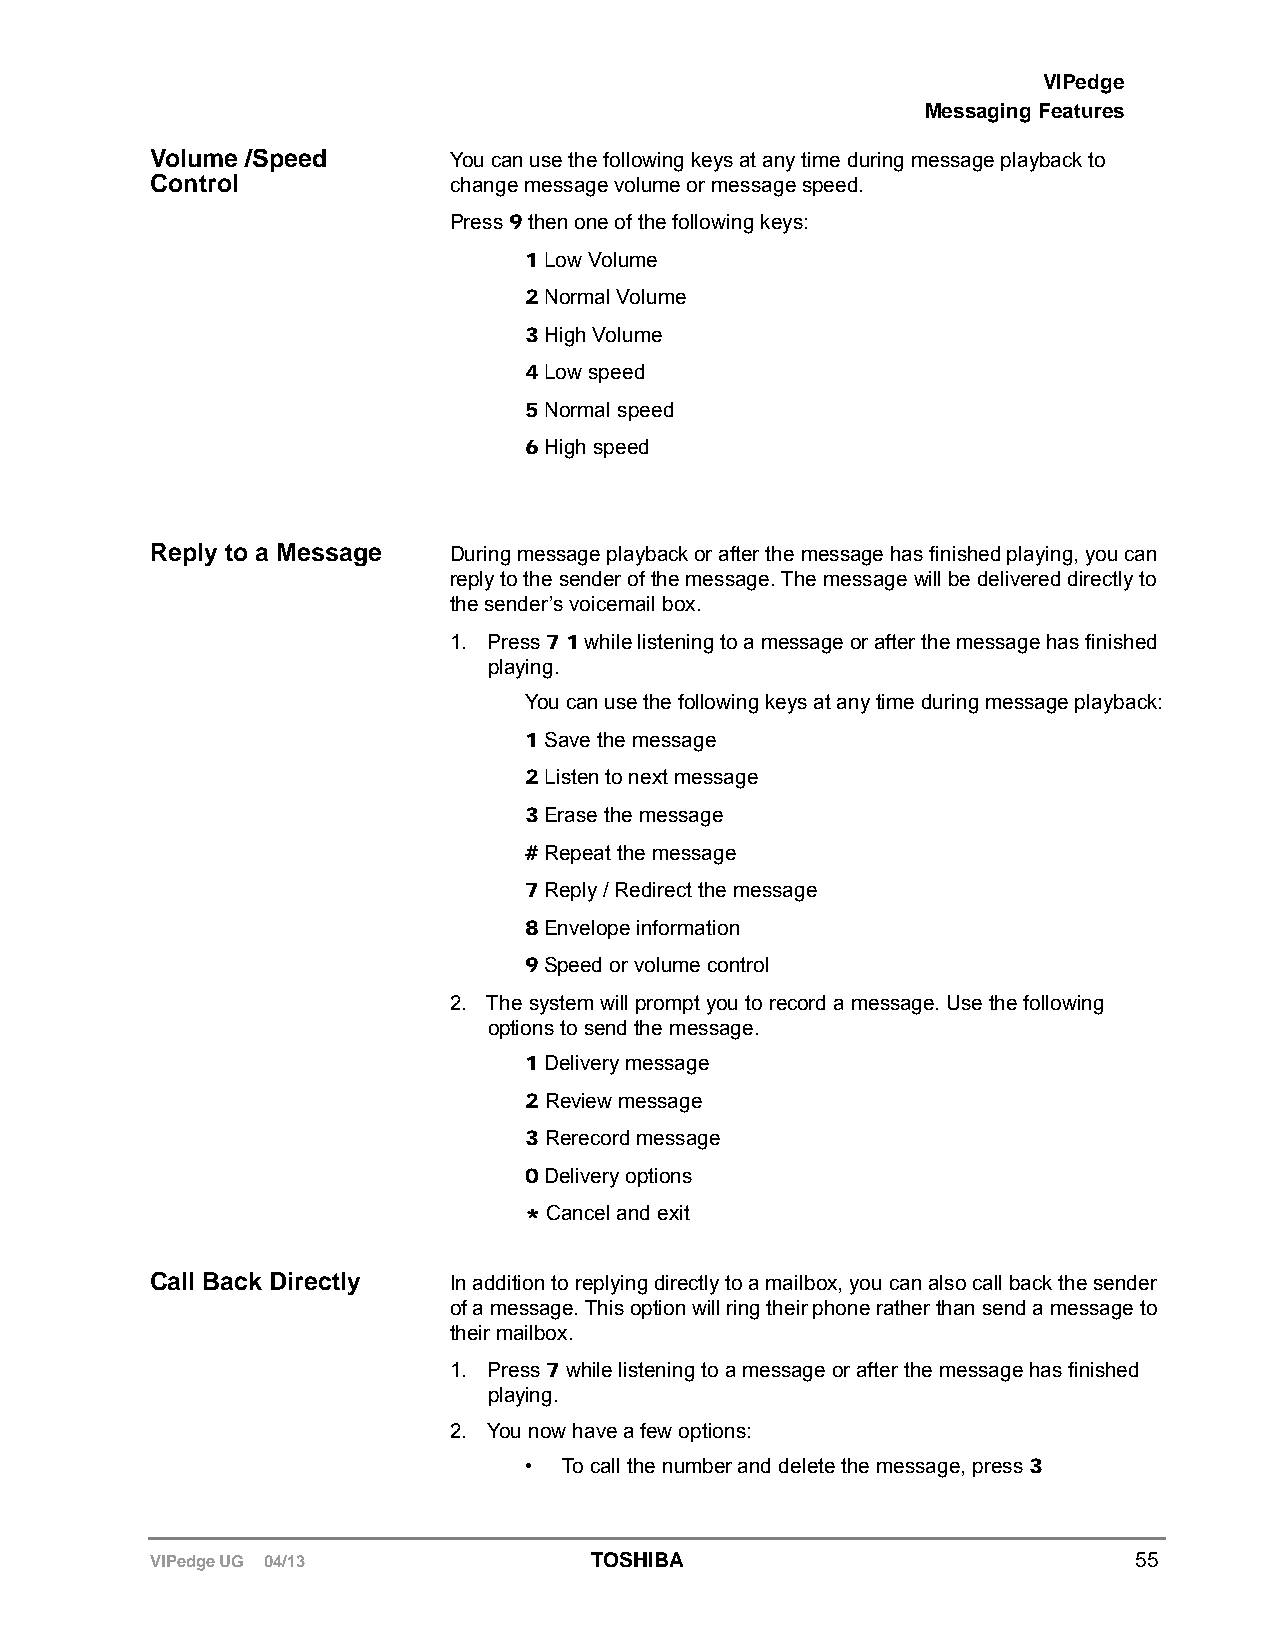
VIPedge
 Messaging Features
 Volume /Speed       You can use the following keys at any time during message playback to
 Control             change message volume or message speed.
 Press 9 then one of the following keys:
 1 Low Volume
 2 Normal Volume
 3 High Volume
 4 Low speed
 5 Normal speed
 6 High speed
 Reply to a Message  During message playback or after the message has finished playing, you can
 reply to the sender of the message. The message will be delivered directly to
 the sender’s voicemail box.
 1. Press 7 1 while listening to a message or after the message has finished
 playing.
 You can use the following keys at any time during message playback:
 1 Save the message
 2 Listen to next message
 3 Erase the message
 # Repeat the message
 7 Reply / Redirect the message
 8 Envelope information
 9 Speed or volume control
 2. The system will prompt you to record a message. Use the following
 options to send the message.
 1 Delivery message
 2 Review message
 3 Rerecord message
 0 Delivery options
 * Cancel and exit
 Call Back Directly  In addition to replying directly to a mailbox, you can also call back the sender
 of a message. This option will ring their phone rather than send a message to
 their mailbox.
 1. Press 7 while listening to a message or after the message has finished
 playing.
 2. You now have a few options:
 • To call the number and delete the message, press 3
 VIPedge UG 04/13             TOSHIBA                             55